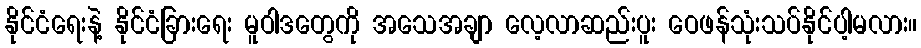
နိုင်ငံရေးနဲ့ နိုင်ငံခြားရေး မူဝါဒတွေကို အသေအချာ လေ့လာဆည်းပူး ဝေဖန်သုံးသပ်နိုင်ပါ့မလား။